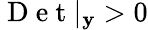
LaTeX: \mathrm{~D~e~t~}|_{\mathbf{y}}>0